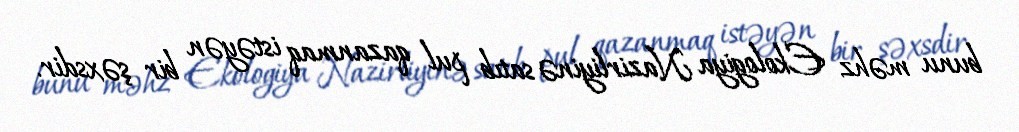
bunu məhz Ekologiya Nazirliyinə satıb pul qazanmaq istəyən bir şəxsdir.